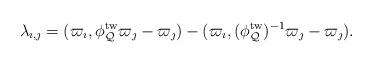
LaTeX: \begin{align*}\lambda_{\imath, \jmath}=(\varpi_{\imath}, \phi_{\mathcal{Q}}^{\mathrm{tw}}\varpi_{\jmath}-\varpi_{\jmath})-(\varpi_{\imath}, (\phi_{\mathcal{Q}}^{\mathrm{tw}})^{-1}\varpi_{\jmath}-\varpi_{\jmath}).\end{align*}